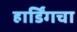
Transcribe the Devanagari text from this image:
हार्डिंगचा